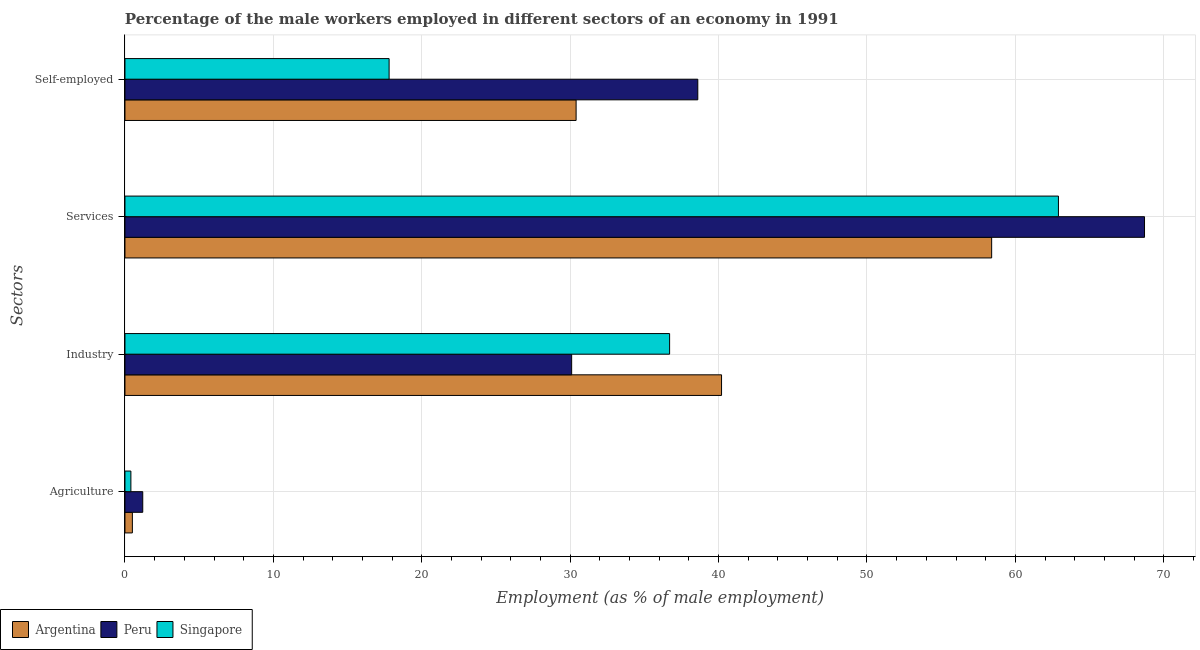
| Sectors | Argentina | Peru | Singapore |
 | --- | --- | --- | --- |
 | Agriculture | 0.5 | 1.2 | 0.4 |
 | Industry | 40.2 | 30.1 | 36.7 |
 | Services | 58.4 | 68.7 | 62.9 |
 | Self-employed | 30.4 | 38.6 | 17.8 |